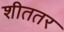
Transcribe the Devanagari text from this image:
शीततर